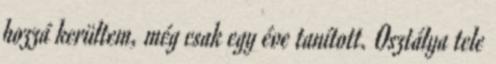
hozzá kerültem, még csak egy éve tanított. Osztálya tele